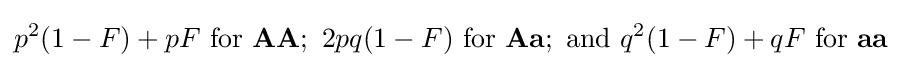
p^{2}(1-F)+pF{\text{ for }}\mathbf {AA} ;\ 2pq(1-F){\text{ for }}\mathbf {Aa} ;{\text{ and }}q^{2}(1-F)+qF{\text{ for }}\mathbf {aa}